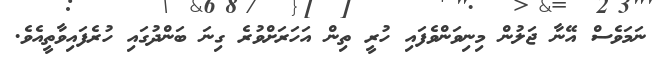
ނަމަވެސް އޭނާ ޖަލުން މިނިވަންވެފައި ހުރީ ތިން އަހަރަށްވުރެ ގިނަ ބަންދުގައި ހުރެފައިވާތީއެވެ.